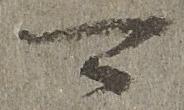
可